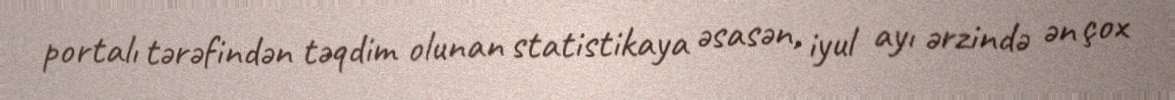
portalı tərəfindən təqdim olunan statistikaya əsasən, iyul ayı ərzində ən çox